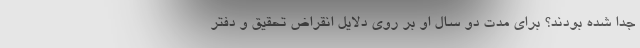
جدا شده بودند؟ برای مدت دو سال او بر روی دلایل انقراض تحقیق و دفتر